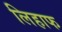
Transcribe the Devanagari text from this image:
लिहाफ